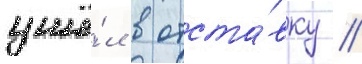
ушё́л в отста́вку //